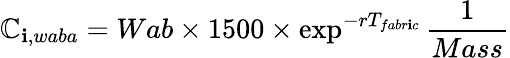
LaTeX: \mathbb{C}_{\mathbf{i},waba}=Wab\times1500\times\exp^{-rT_{fabr\mathbf{i}c}}\frac{{1}}{{Mass}}